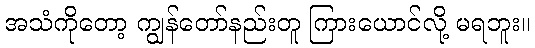
အသံကိုတော့ ကျွန်တော်နည်းတူ ကြားယောင်လို့ မရဘူး။